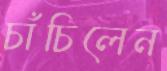
চাঁচিলেন